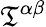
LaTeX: {\mathfrak{T}}^{\alpha\beta}